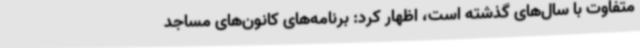
متفاوت با سال‌های گذشته است، اظهار کرد: برنامه‌های کانون‌های مساجد